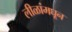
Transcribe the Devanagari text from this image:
लीळांमघून